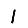
Digit: 1